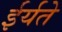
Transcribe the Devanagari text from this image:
ईर्यते